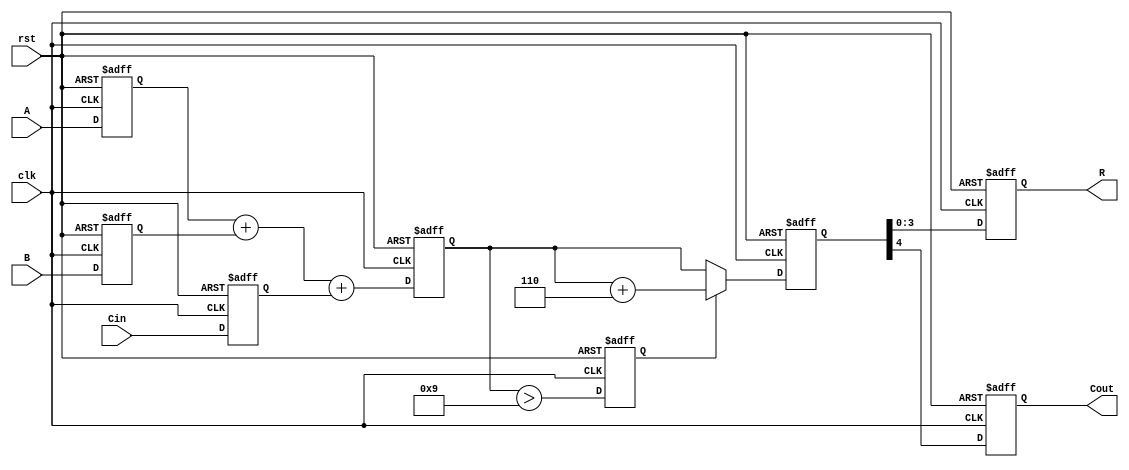
module bcd_pipelined_adder (
    input clk,
    input rst,
    input [3:0] A,
    input [3:0] B,
    input Cin,
    output reg [3:0] R,
    output reg Cout
);

    // Intermediate signals
    reg [4:0] sum;          // 5-bit sum to accommodate carry
    reg [4:0] corrected_sum; // Corrected sum after BCD adjustment
    reg correction_needed;   // Flag to indicate if correction is needed

    // Pipeline registers
    reg [3:0] A_reg, B_reg;
    reg Cin_reg;
    reg [4:0] sum_reg;
    reg correction_needed_reg;

    // Stage 1: Input Stage
    always @(posedge clk or posedge rst) begin
        if (rst) begin
            A_reg <= 4'b0000;
            B_reg <= 4'b0000;
            Cin_reg <= 1'b0;
        end else begin
            A_reg <= A;
            B_reg <= B;
            Cin_reg <= Cin;
        end
    end

    // Stage 2: Adder Stage
    always @(posedge clk or posedge rst) begin
        if (rst) begin
            sum_reg <= 5'b00000;
        end else begin
            sum_reg <= A_reg + B_reg + Cin_reg;
        end
    end

    // Stage 3: BCD Correction Logic
    always @(posedge clk or posedge rst) begin
        if (rst) begin
            correction_needed_reg <= 1'b0;
            corrected_sum <= 5'b00000;
        end else begin
            correction_needed_reg <= (sum_reg > 5'b01001); // Check if sum > 9
            if (correction_needed_reg) begin
                corrected_sum <= sum_reg + 5'b00110; // Add 6 (0110)
            end else begin
                corrected_sum <= sum_reg;
            end
        end
    end

    // Stage 4: Output Stage
    always @(posedge clk or posedge rst) begin
        if (rst) begin
            R <= 4'b0000;
            Cout <= 1'b0;
        end else begin
            R <= corrected_sum[3:0]; // Take lower 4 bits as result
            Cout <= corrected_sum[4]; // Take the carry out
        end
    end

endmodule